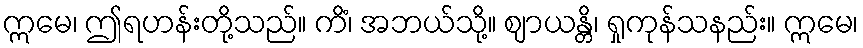
ဣမေ၊ ဤရဟန်းတို့သည်။ ကိံ၊ အဘယ်သို့။ ဈာယန္တိ၊ ရှုကုန်သနည်း။ ဣမေ၊